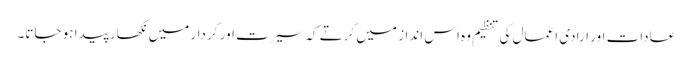
عادات اور ارادی اعمال کی تنظیم وہ اس انداز میں کرتے کہ سیرت اور کر دار میں نکھار پیدا ہو جاتا۔